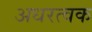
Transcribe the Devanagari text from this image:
अधरत्वक